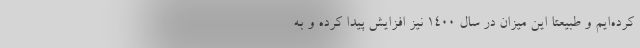
کرده‌ایم و طبیعتا این میزان در سال ۱۴۰۰ نیز افزایش پیدا کرده و به